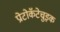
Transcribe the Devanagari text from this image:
प्रोटोकॅटेचुइक